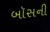
બૉસની